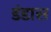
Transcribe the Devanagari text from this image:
डंडास